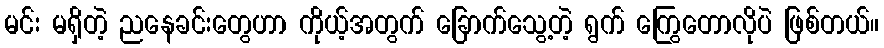
မင်း မရှိတဲ့ ညနေခင်းတွေဟာ ကိုယ့်အတွက် ခြောက်သွေ့တဲ့ ရွက် ကြွေတောလိုပဲ ဖြစ်တယ်။